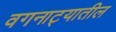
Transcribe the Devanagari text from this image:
वगनाट्यातील